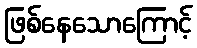
ဖြစ်နေသောကြောင့်